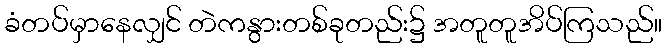
ခံတပ်မှာနေလျှင် တဲကနွားတစ်ခုတည်း၌ အတူတူအိပ်ကြသည်။